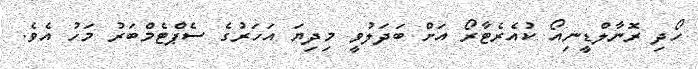
ހޯދި ރޮނާލްޑީނިއޯ ކުއެރެޓާރޯ އަށް ބަދަލުވީ މިދިޔަ އަހަރުގެ ސެޕްޓެމްބަރު މަހު އެވެ.